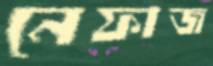
নেফাজ